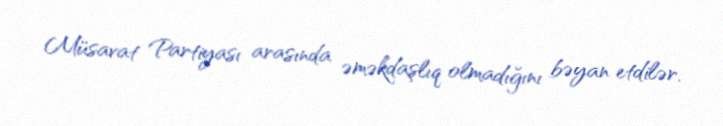
Müsavat Partiyası arasında əməkdaşlıq olmadığını bəyan etdilər.